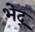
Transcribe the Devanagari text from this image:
भेद्